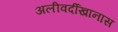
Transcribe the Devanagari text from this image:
अलीवर्दीखानास